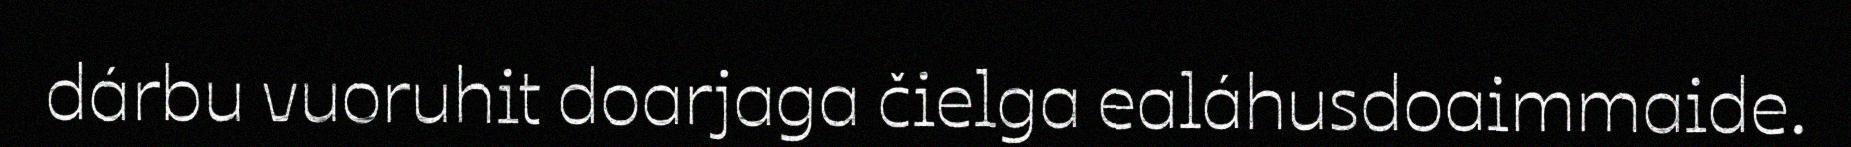
dárbu vuoruhit doarjaga čielga ealáhusdoaimmaide.